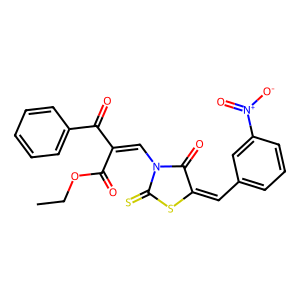
SMILES: CCOC(=O)C(=CN1C(=O)C(=Cc2cccc([N+](=O)[O-])c2)SC1=S)C(=O)c1ccccc1
Inhibits HIV replication: No